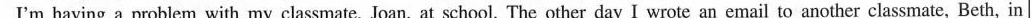
I'm having a problem with my classmate, Joan, at school. The other day I wrote an email to another classmate, Beth, in